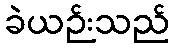
ခဲယဉ်းသည်